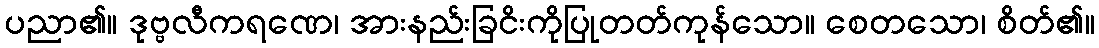
ပညာ၏။ ဒုဗ္ဗလီကရဏေ၊ အားနည်းခြငိးကိုပြုတတ်ကုန်သော။ စေတသော၊ စိတ်၏။